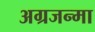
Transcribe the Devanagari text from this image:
अग्रजन्मा